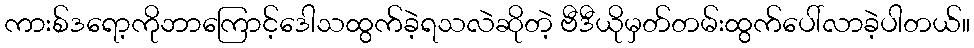
ကားစ်ဒရော့ကိုဘာကြောင့်ဒေါသထွက်ခဲ့ရသလဲဆိုတဲ့ ဗီဒီယိုမှတ်တမ်းထွက်ပေါ်လာခဲ့ပါတယ်။